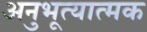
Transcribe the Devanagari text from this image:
अनुभूत्यात्मक